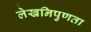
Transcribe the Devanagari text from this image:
लेखनिपुणता